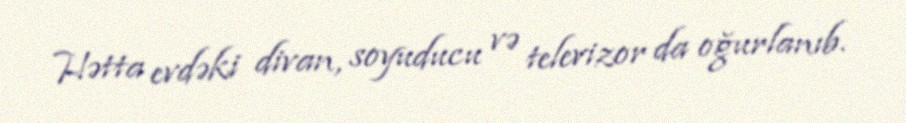
Hətta evdəki divan, soyuducu və televizor da oğurlanıb.